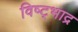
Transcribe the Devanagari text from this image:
विष्ट्भाद्र